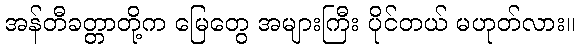
အန်တီခတ္တာတို့က မြေတွေ အများကြီး ပိုင်တယ် မဟုတ်လား။